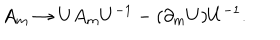
A _ { m } \rightarrow U A _ { m } U ^ { - 1 } - ( \partial _ { m } U ) U ^ { - 1 } .